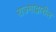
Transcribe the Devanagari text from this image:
राज्गाद्वारील